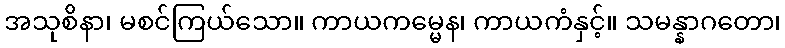
အသုစိနာ၊ မစင်ကြယ်သော။ ကာယကမ္မေန၊ ကာယကံနှင့်။ သမန္နာဂတော၊